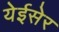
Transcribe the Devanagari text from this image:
येईसेर